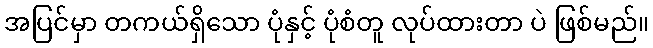
အပြင်မှာ တကယ်ရှိသော ပုံနှင့် ပုံစံတူ လုပ်ထားတာ ပဲ ဖြစ်မည်။